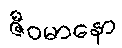
ဇီဝမာနော